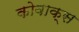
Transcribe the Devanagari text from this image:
कोवाक्स